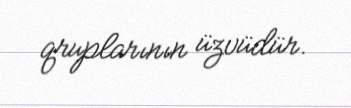
qruplarının üzvüdür.